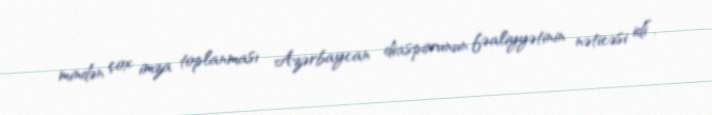
mindən çox imza toplanması Azərbaycan diasporunun fəaliyyətinin nəticəsi idi”.